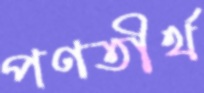
পণতীর্থ